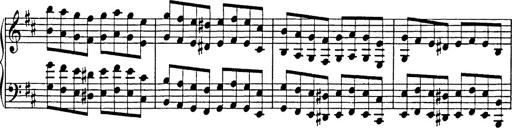
Title: Hungarian Rhapsody No.17
Composer: Franz Liszt
Key: D minor